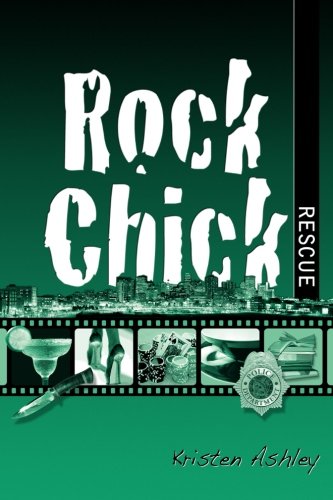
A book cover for Rock Chick Rescue (Volume 2); Kristen Ashley; Romance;